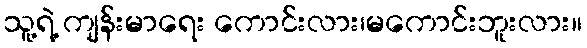
သူ့ရဲ့ ကျန်းမာရေး ကောင်းလား၊မကောင်းဘူးလား။